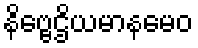
နိဗ္ဗေဌိယမာနမေဝ